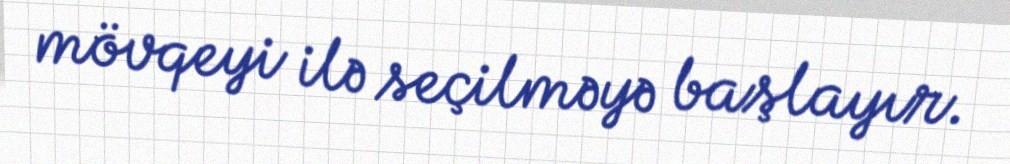
mövqeyi ilə seçilməyə başlayır.